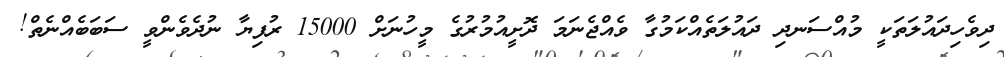
ދިވެހިދައުލަތަކީ މުއްސަނދި ދައުލަތެއްކަމުގާ ވެއްޖެނަމަ ދޮށީއުމުރުގެ މީހުނަށް 15000 ރުފިޔާ ނުދެވެންވީ ސަބަބެއްނެތް!